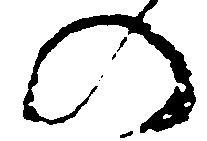
の